Source: Handwritten
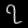
Digit: ၇ (7)